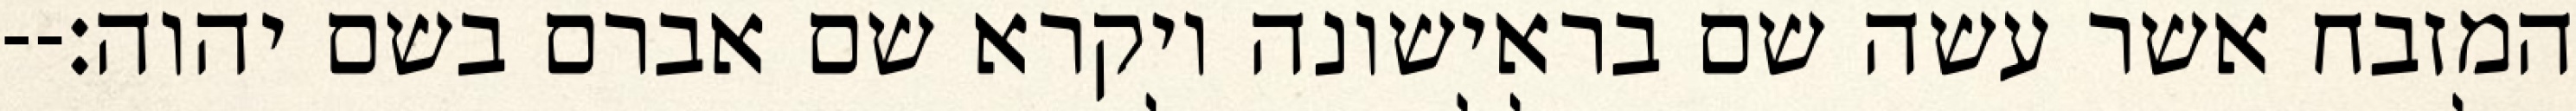
המזבח אשר עשה שם בראישונה ויקרא שם אברם בשם יהוה׃--